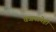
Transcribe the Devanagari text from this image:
वजनानेही